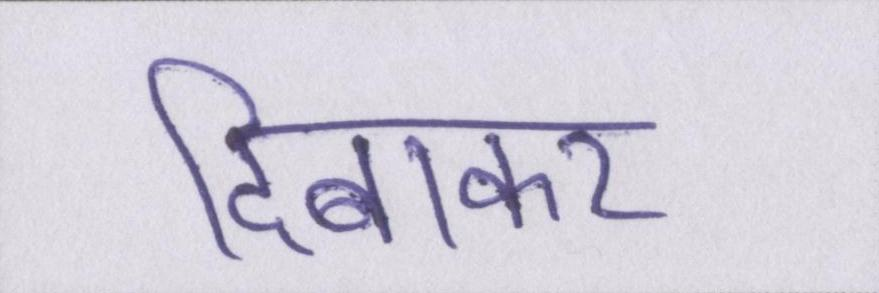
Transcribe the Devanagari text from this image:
दिबाकर